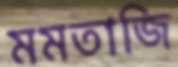
মমতাজি